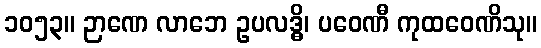
၁၀၅၃။ ဉာဏေ လာဘေ ဥပလဒ္ဓိ၊ ပဝေဏီ ကုထဝေဏိသု။